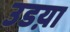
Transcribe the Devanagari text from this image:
उडय़ा